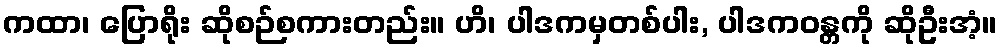
ကထာ၊ ပြောရိုး ဆိုစဉ်စကားတည်း။ ဟိ၊ ပါဒကမှတစ်ပါး, ပါဒကဝန္တကို ဆိုဦးအံ့။